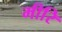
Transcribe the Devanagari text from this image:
मीरि